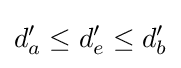
d'_{a}\leq d'_{e}\leq d'_{b}